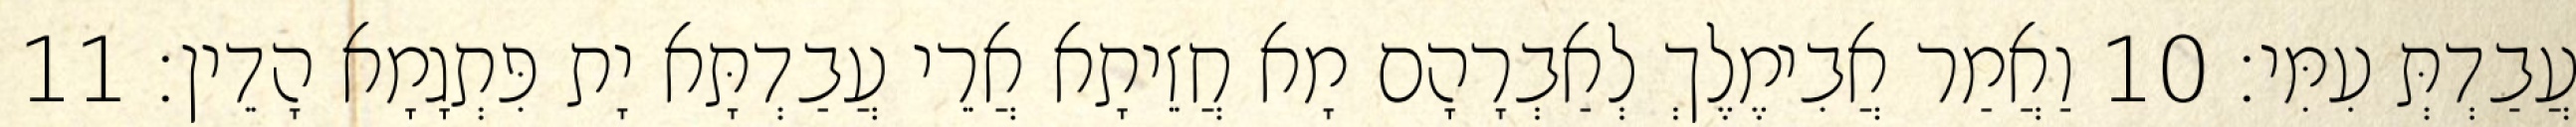
עֲבַדְתְּ עִמִּי׃ 10 וַאֲמַר אֲבִימֶלֶךְ לְאַבְרָהָם מָא חֲזֵיתָא אֲרֵי עֲבַדְתָּא יָת פִּתְגָמָא הָדֵין׃ 11